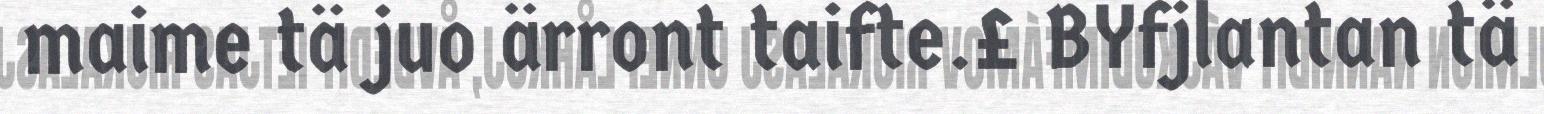
maime tä juo ärront taifte.£ BYfjlantan tä